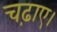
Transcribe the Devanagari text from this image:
चढ़ाए।